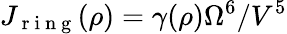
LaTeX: J_{\mathrm{~r~i~n~g~}}(\rho)=\gamma(\rho)\Omega^{6}/V^{5}